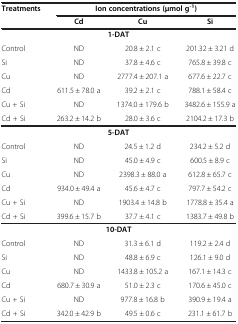
| Treatments | <COLSPAN=3> Ion concentrations (μmol g-1) |
 |  | Cd | Cu | Si |
 | --- | --- | --- | --- |
 | <COLSPAN=4> 1-DAT |
 | Control | ND | 20.8 ± 2.1 c | 201.32 ± 3.21 d |
 | Si | ND | 37.8 ± 4.6 c | 765.8 ± 39.8 c |
 | Cu | ND | 2777.4 ± 207.1 a | 677.6 ± 22.7 c |
 | Cd | 611.5 ± 78.0 a | 39.2 ± 2.1 c | 788.1 ± 58.4 c |
 | Cu + Si | ND | 1374.0 ± 179.6 b | 3482.6 ± 155.9 a |
 | Cd + Si | 263.2 ± 14.2 b | 28.0 ± 3.6 c | 2104.2 ± 17.3 b |
 | <COLSPAN=4> 5-DAT |
 | Control | ND | 24.5 ± 1.2 d | 234.2 ± 5.2 d |
 | Si | ND | 45.0 ± 4.9 c | 600.5 ± 8.9 c |
 | Cu | ND | 2398.3 ± 88.0 a | 612.8 ± 65.7 c |
 | Cd | 934.0 ± 49.4 a | 45.6 ± 4.7 c | 797.7 ± 54.2 c |
 | Cu + Si | ND | 1903.4 ± 14.8 b | 1778.8 ± 35.4 a |
 | Cd + Si | 399.6 ± 15.7 b | 37.7 ± 4.1 c | 1383.7 ± 49.8 b |
 | <COLSPAN=4> 10-DAT |
 | Control | ND | 31.3 ± 6.1 d | 119.2 ± 2.4 d |
 | Si | ND | 48.8 ± 6.9 c | 126.1 ± 9.0 d |
 | Cu | ND | 1433.8 ± 105.2 a | 167.1 ± 14.3 c |
 | Cd | 680.7 ± 30.9 a | 51.0 ± 2.3 c | 170.6 ± 45.0 c |
 | Cu + Si | ND | 977.8 ± 16.8 b | 390.9 ± 19.4 a |
 | Cd + Si | 342.0 ± 42.9 b | 49.5 ± 0.6 c | 231.1 ± 61.7 b |